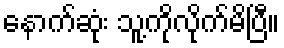
နောက်ဆုံး သူ့ကိုလိုက်မိပြီ။